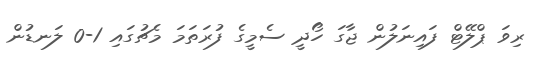
ރިވަ ޕްލޭޓް ފައިނަލުން ޖާގަ ހޯދީ ސެމީގެ ފުރަތަމަ މެޗުގައި 1-0 ލަނޑުން